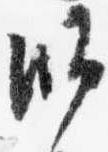
師